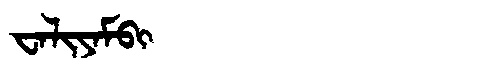
Manchu: ᠸᠠᠯᡳᠶᠠᠮᠪᡳ
Romanization: WALIYAMBI